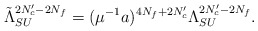
\begin{align*} \tilde{\Lambda}_{SU}^{2N_c'-2N_f}=(\mu^{-1}a)^{4N_f+2N_c'} \Lambda_{SU}^{2N_c'-2N_f}.\end{align*}